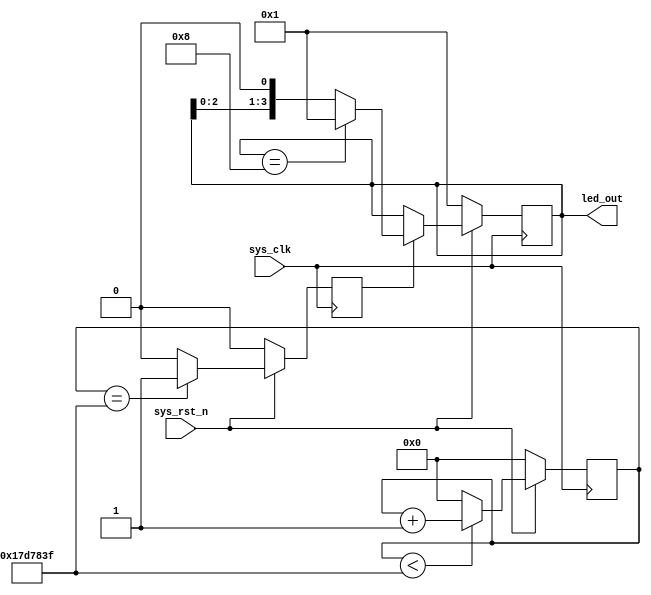
module water_led (
    input sys_clk,
    input sys_rst_n,

    output[3:0] led_out
);
parameter CNT_MAX = 25'd24_999_999;
reg [3:0] led_out_r;
reg [24:0] counter;
reg cnt_flag;
assign led_out = led_out_r;

always @(posedge sys_clk ) begin
    if(!sys_rst_n) begin
        counter <= 0;
    end else if(counter < CNT_MAX) begin
        counter <= counter+1;
    end else begin
        counter <= 0;
       
    end
end

always @(posedge sys_clk ) begin
    if(!sys_rst_n) begin
        cnt_flag <= 0;
    end else if(counter == CNT_MAX) begin
        cnt_flag <= 1;
    end else begin
        cnt_flag <= 0;
    end
end


always @(posedge sys_clk) begin
    if (!sys_rst_n) begin
        led_out_r <= 4'b0001;
    end else if(cnt_flag) begin
        if(led_out_r == 4'b1000) begin
            led_out_r <= 4'b0001;
        end else begin
            led_out_r <= led_out_r << 1'b1;
        end
    end
end

    
endmodule